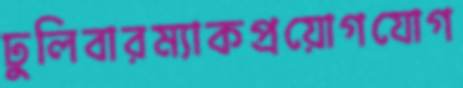
ঢুলিবারম্যাকপ্রয়োগযোগ